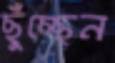
ছুঁচ্ছেন